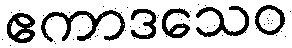
ဧကာဒသေဝ